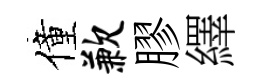
僮歉膠繹